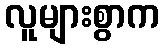
လူများစွာက